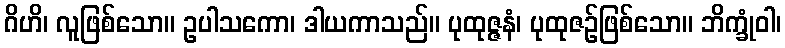
ဂိဟိ၊ လူဖြစ်သော။ ဥပါသကော၊ ဒါယကာသည်။ ပုထုဇ္ဇနံ၊ ပုထုဇဉ်ဖြစ်သော။ ဘိက္ခုံဝါ၊